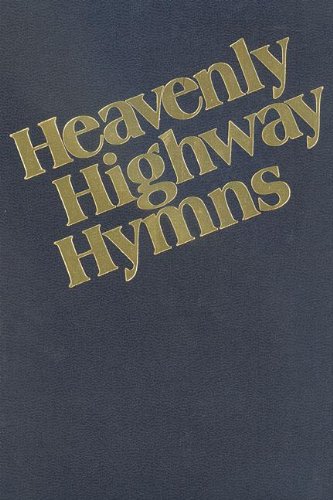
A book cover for Heavenly Highway Hymns: Shaped-Note Hymnal; Christian Books & Bibles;